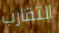
التقارب